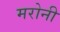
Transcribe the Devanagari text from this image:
मरोनी